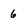
Character: 6